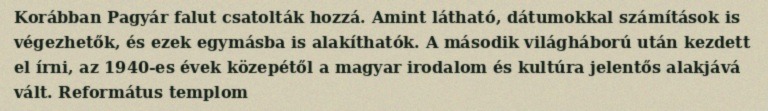
Korábban Pagyár falut csatolták hozzá. Amint látható, dátumokkal számítások is végezhetők, és ezek egymásba is alakíthatók. A második világháború után kezdett el írni, az 1940-es évek közepétől a magyar irodalom és kultúra jelentős alakjává vált. Református templom